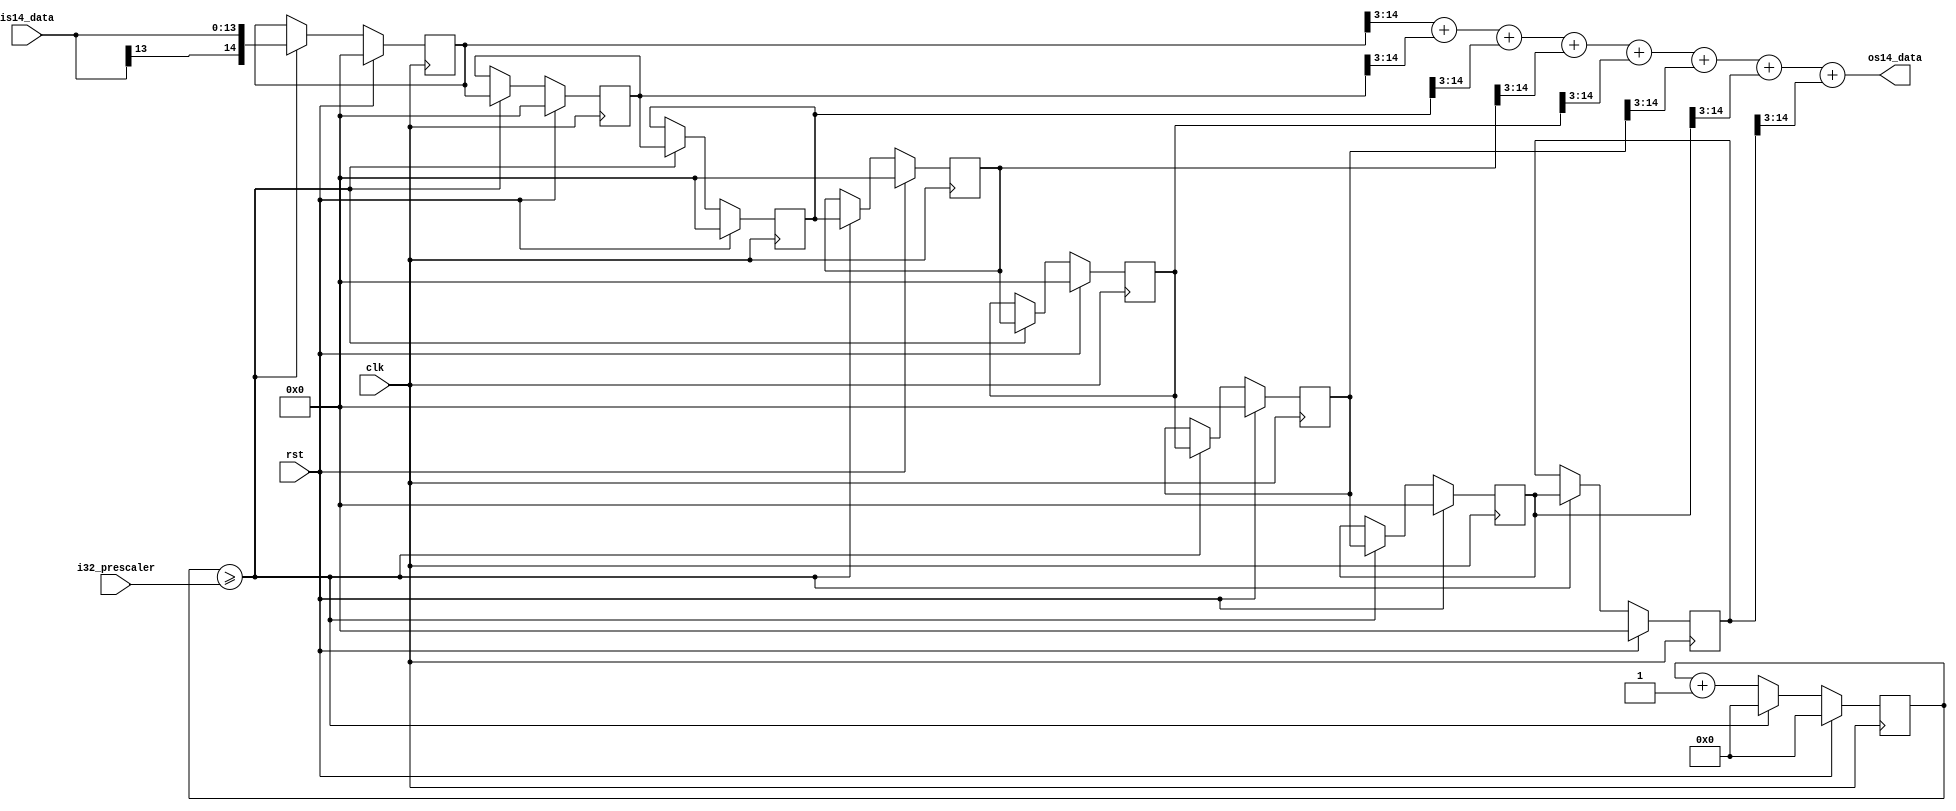
/**
  Module name:  mv_avg_filter_8_v1_0
  Author: P Trujillo (pablo@controlpaths.com)
  Date: Aug 2020
  Description: 8th order moving average filter
  Revision: 1.0 Module created.
**/

module mv_avg_filter_8_v1_0 (
  input clk,
  input rst,

  input [31:0] i32_prescaler,

  input signed [13:0] is14_data,
  output signed [13:0] os14_data
  );

  reg [31:0] r32_prescaler_counter; /* Counter for prescaler */

  reg signed [14:0] rs14_pipe1; /* Pipeline register */
  reg signed [14:0] rs14_pipe2; /* Pipeline register */
  reg signed [14:0] rs14_pipe3; /* Pipeline register */
  reg signed [14:0] rs14_pipe4; /* Pipeline register */
  reg signed [14:0] rs14_pipe5; /* Pipeline register */
  reg signed [14:0] rs14_pipe6; /* Pipeline register */
  reg signed [14:0] rs14_pipe7; /* Pipeline register */
  reg signed [14:0] rs14_pipe8; /* Pipeline register */

  always @(posedge clk)
    if (rst) begin
      rs14_pipe1 <= 14'd0;
      rs14_pipe2 <= 14'd0;
      rs14_pipe3 <= 14'd0;
      rs14_pipe4 <= 14'd0;
      rs14_pipe5 <= 14'd0;
      rs14_pipe6 <= 14'd0;
      rs14_pipe7 <= 14'd0;
      rs14_pipe8 <= 14'd0;

      r32_prescaler_counter <= 32'd0;
    end
    else
      if (r32_prescaler_counter >= i32_prescaler) begin
        rs14_pipe1 <= is14_data;
        rs14_pipe2 <= rs14_pipe1;
        rs14_pipe3 <= rs14_pipe2;
        rs14_pipe4 <= rs14_pipe3;
        rs14_pipe5 <= rs14_pipe4;
        rs14_pipe6 <= rs14_pipe5;
        rs14_pipe7 <= rs14_pipe6;
        rs14_pipe8 <= rs14_pipe7;
        r32_prescaler_counter <= 0;
      end
      else
        r32_prescaler_counter <= r32_prescaler_counter+32'd1;


  assign os14_data = (rs14_pipe1>>>3) + (rs14_pipe2>>>3) + (rs14_pipe3>>>3) + (rs14_pipe4>>>3) +
                      (rs14_pipe5>>>3) + (rs14_pipe6>>>3) + (rs14_pipe7>>>3) + (rs14_pipe8>>>3);


endmodule